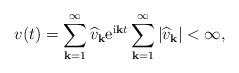
LaTeX: \begin{align*}v(t)=\sum_{\mathbf{k}=1}^{\infty} \widehat{v}_{\mathbf{k}}{\rm e}^{{\rm i}\mathbf{k}t} \sum_{\mathbf{k}=1}^{\infty} |\widehat{v}_{\mathbf{k}}|<\infty,\end{align*}